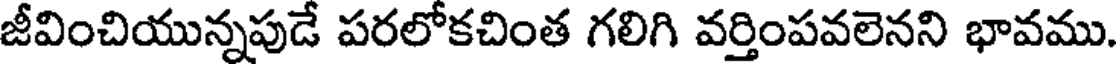
జీవించియున్నపుడే పరలోకచింత గలిగి వర్తింపవలెనని భావము.